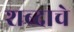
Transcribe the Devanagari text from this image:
शब्‍दाचे